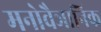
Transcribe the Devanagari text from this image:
मनोवैञानिक